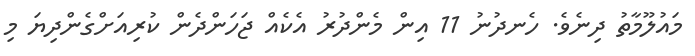
މައުލޫމާތު ދިނެވެ. ހެނދުނު 11 އިން މެންދުރު އެކެއް ޖަހަންދެން ކުރިއަށްގެންދިޔަ މި